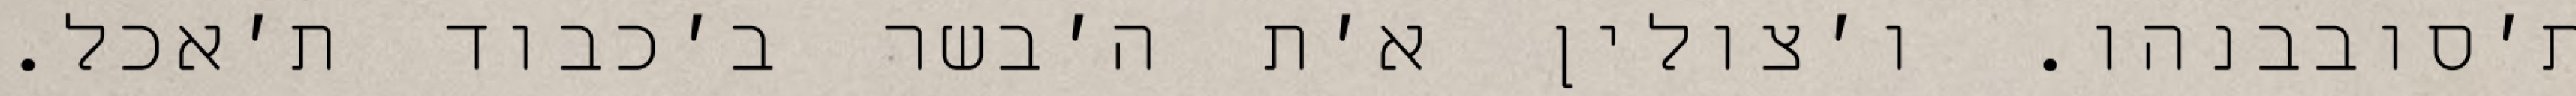
ת׳סובבנהו. ו׳צולין א׳ת ה׳בשר ב׳כבוד ת׳אכל.